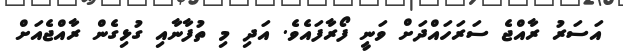
އަސަރު ރާއްޖެ ސަރަހައްދަށް ވަނީ ފޯރާފައެވެ. އަދި މި ތުފާނާއި ގުޅިގެން ރާއްޖެއަށް